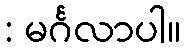
: မင်္ဂလာပါ။